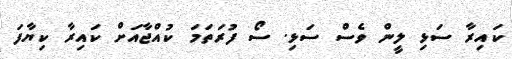
ކައިރާ ސަޅި ލީން ވެސް ސަޅި. ސޯ ފުރަތަމަ ކުއްޖާއަށް ކައިރާ ކިޔާފަ